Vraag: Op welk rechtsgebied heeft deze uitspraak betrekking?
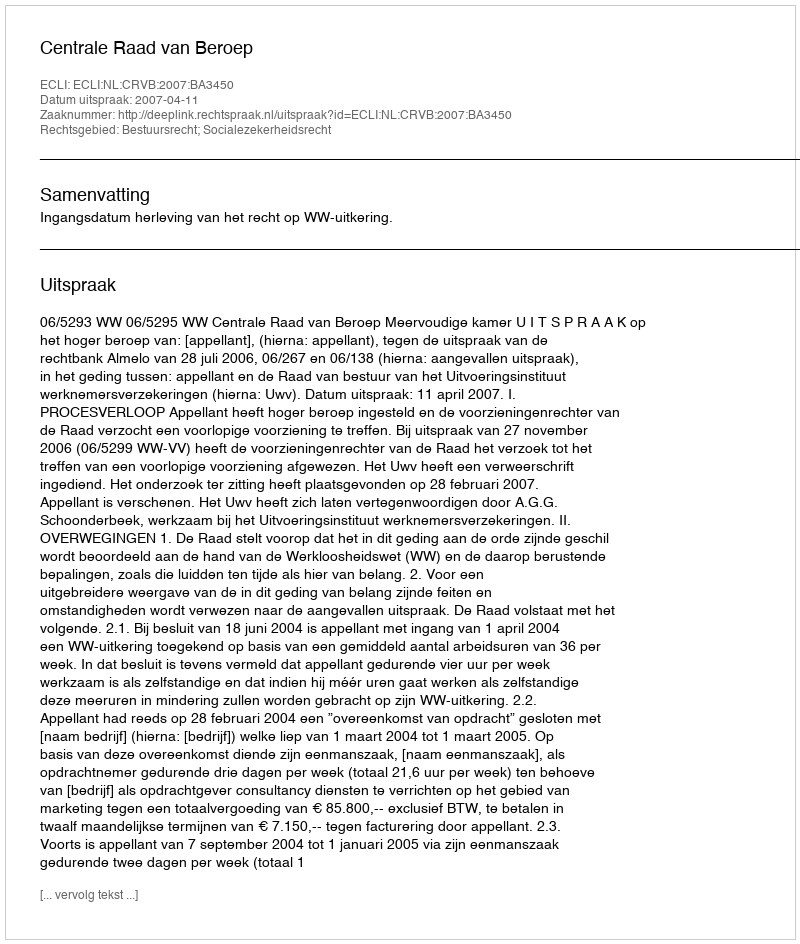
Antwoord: Bestuursrecht; Socialezekerheidsrecht